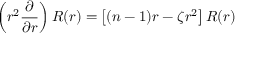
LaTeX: \left( r ^ { 2 } { \frac { \partial } { \partial r } } \right) R ( r ) = \left[ ( n - 1 ) r - \zeta r ^ { 2 } \right] R ( r )